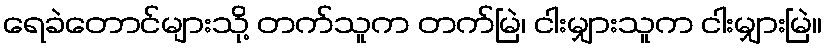
ရေခဲတောင်များသို့ တက်သူက တက်မြဲ၊ ငါးမျှားသူက ငါးမျှားမြဲ။